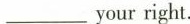
___ your right.